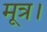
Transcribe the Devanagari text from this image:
मूत्र।